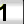
Digit: 1